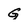
Character: G